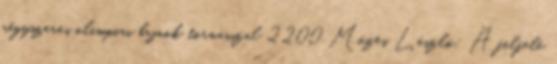
négyszeres olimpiai bajnok tornásszal 2200 Mózes László: A felfelé